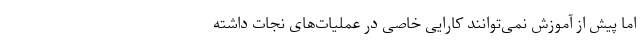
اما پیش از آموزش نمی‌توانند کارایی خاصی در عملیات‌های نجات داشته